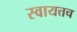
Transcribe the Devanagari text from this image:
स्वायत्तच